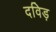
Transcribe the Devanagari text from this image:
दविड़